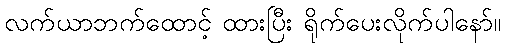
လက်ယာဘက်ထောင့် ထားပြီး ရိုက်ပေးလိုက်ပါနော်။